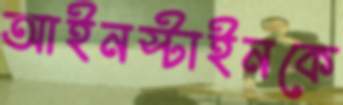
আইনস্টাইনকে